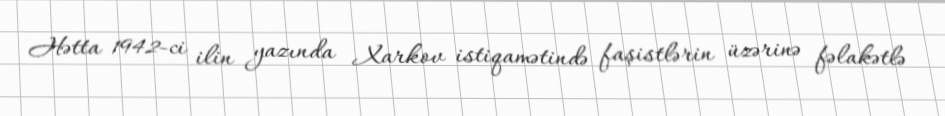
Hətta 1942-ci ilin yazında Xarkov istiqamətində faşistlərin üzərinə fəlakətlə